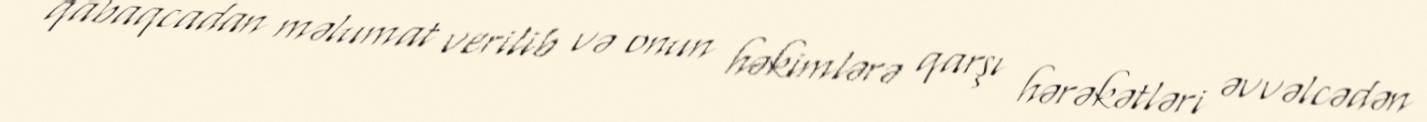
qabaqcadan məlumat verilib və onun həkimlərə qarşı hərəkətləri əvvəlcədən